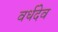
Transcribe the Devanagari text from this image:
वर्धदेव